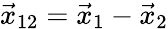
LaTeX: \vec{x}_{12}=\vec{x}_{1}-\vec{x}_{2}